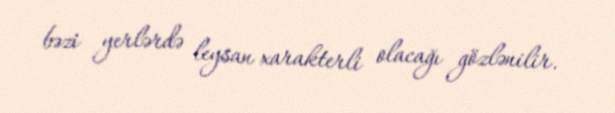
bəzi yerlərdə leysan xarakterli olacağı gözlənilir.